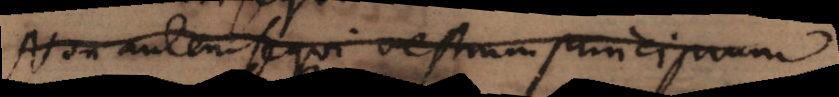
Non autem sequi vestrum principium